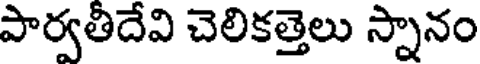
పార్వతీదేవి చెలికత్తెలు స్నానం